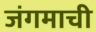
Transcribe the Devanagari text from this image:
जंगमाची